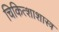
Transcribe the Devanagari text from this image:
चिकित्शाशास्त्र